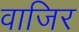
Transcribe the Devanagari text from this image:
वाजिर